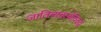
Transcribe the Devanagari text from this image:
जातिव्यवस्थेविरुद्ध